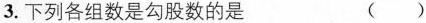
3.下列各组数是勾股数的是 ()